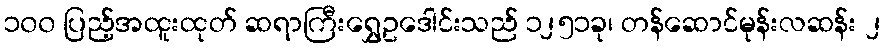
၁၀၀ ပြည့်အထူးထုတ် ဆရာကြီးရွှေဥဒေါင်းသည် ၁၂၅၁ခု၊ တန်ဆောင်မုန်းလဆန်း ၂